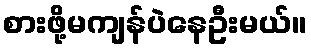
စားဖို့မကျန်ပဲနေဦးမယ်။